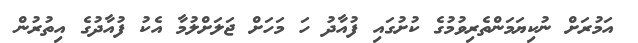
އަމުރަށް ނުކިޔަމަންތެރިވުމުގެ ކުށުގައި ފުއާދު ހަ މަހަށް ޖަލަށްލުމާ އެކު ފުއާދުގެ އިތުރުން